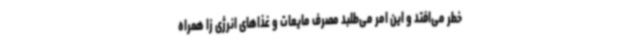
خطر می‌افتد و این امر می‌طلبد مصرف مایعات و غذاهای انرژی زا همراه